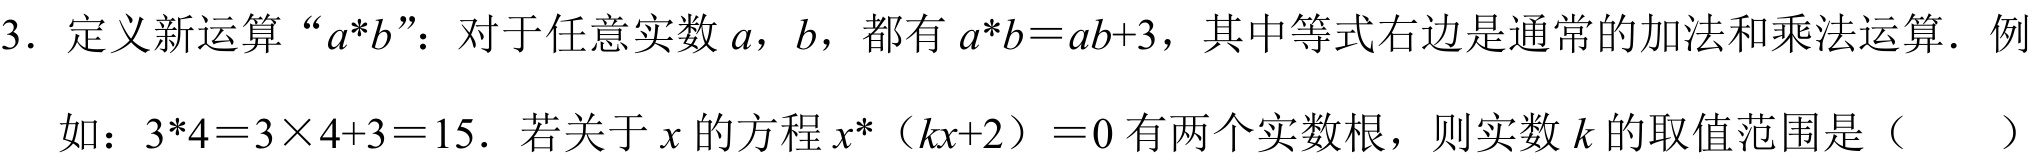
3. 定义新运算“\(a*b\)”：对于任意实数\(a\)，\(b\)，都有\(a*b = ab + 3\)，其中等式右边是通常的加法和乘法运算．例如：\(3*4=3\times4 + 3 = 15\)．若关于\(x\)的方程\(x*(kx + 2)=0\)有两个实数根，则实数\(k\)的取值范围是（  ）